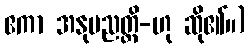
ဧကာ အနုပညတ္တိ-ဟု ဆို၏။)